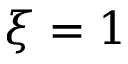
\xi = 1